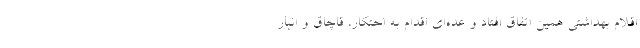
اقلام بهداشتی همین اتفاق افتاد و عده‌ای اقدام به احتکار، قاچاق و انبار